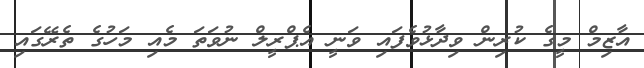
އާޒިމް މީގެ ކުރިން ވިދާޅުވެފައި ވަނީ އެޕްރީލް ނުވަތަ މެއި މަހުގެ ތެރޭގައި